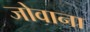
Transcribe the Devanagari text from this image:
जोवाना